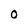
Character: 0